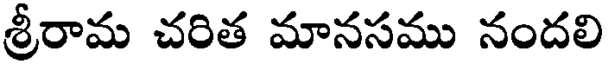
శ్రీరామ చరిత మానసము నందలి